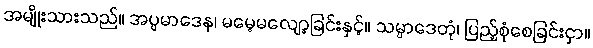
အမျိုးသားသည်။ အပ္ပမာဒေန၊ မမေ့မလျော့ခြင်းနှင့်။ သမ္ပာဒေတုံ၊ ပြည့်စုံစေခြင်းငှာ။